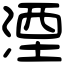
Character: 湮